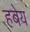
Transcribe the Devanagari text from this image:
हबेय